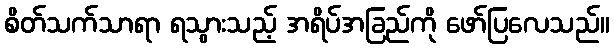
စိတ်သက်သာရာ ရသွားသည့် အရိပ်အခြည်ကို ဖော်ပြလေသည်။